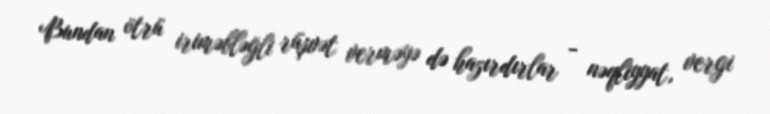
Bundan ötrü iriməbləğli rüşvət verməyə də hazırdırlar - nəqliyyat, vergi